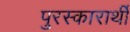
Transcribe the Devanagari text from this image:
पुरस्कारार्थी